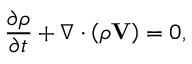
\frac { \partial \rho } { \partial t } + \nabla \cdot \left( \rho \mathbf { V } \right) = 0 ,